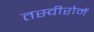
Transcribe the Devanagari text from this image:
तस्वीरोमें